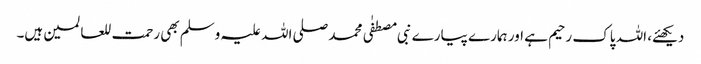
دیکھئے، اللہ پاک رحیم ہے اور ہمارے پیارے نبی مصطفٰی محمد صلی اللہ علیہ وسلم بھی رحمت للعالمین ہیں۔